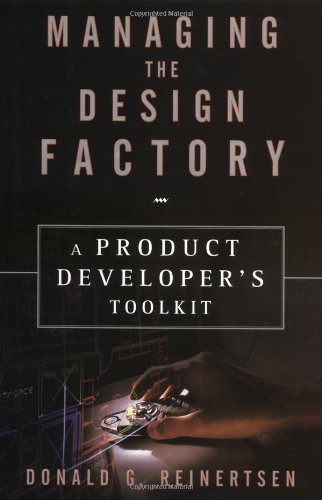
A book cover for Managing the Design Factory; Donald G. Reinertsen; Business & Money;